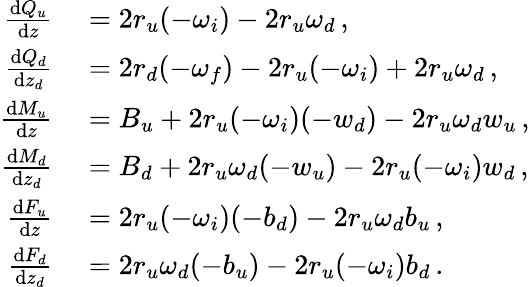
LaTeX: \begin{array}{rl}{\frac{\textnormal{d}Q_{u}}{\textnormal{d}z}}&{{}=2r_{u}(-\omega_{i})-2r_{u}\omega_{d}\, ,}\\ {\frac{\textnormal{d}Q_{d}}{\textnormal{d}z_{d}}}&{{}=2r_{d}(-\omega_{f})-2r_{u}(-\omega_{i})+2r_{u}\omega_{d}\, ,}\\ {\frac{\textnormal{d}M_{u}}{\textnormal{d}z}}&{{}=B_{u}+2r_{u}(-\omega_{i})(-w_{d})-2r_{u}\omega_{d}w_{u}\, ,}\\ {\frac{\textnormal{d}M_{d}}{\textnormal{d}z_{d}}}&{{}=B_{d}+2r_{u}\omega_{d}(-w_{u})-2r_{u}(-\omega_{i})w_{d}\, ,}\\ {\frac{\textnormal{d}F_{u}}{\textnormal{d}z}}&{{}=2r_{u}(-\omega_{i})(-b_{d})-2r_{u}\omega_{d}b_{u}\, ,}\\ {\frac{\textnormal{d}F_{d}}{\textnormal{d}z_{d}}}&{{}=2r_{u}\omega_{d}(-b_{u})-2r_{u}(-\omega_{i})b_{d}\, .}\end{array}